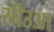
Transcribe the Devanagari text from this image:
सीउआ